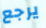
يرجع